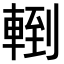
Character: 𨍀